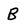
Character: B